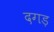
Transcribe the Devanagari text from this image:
दगड़